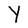
Character: Y